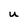
Character: u